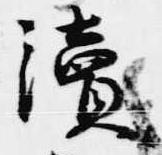
読